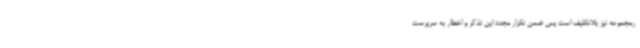
رمجموعه نیز بلاتکلیف است پس ضمن تکرار مجدد این تذکر و اخطار به سرپرست